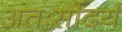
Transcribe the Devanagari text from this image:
अंतःसौंदर्य